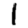
Digit: 1